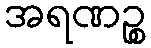
အရဏဉ္စ